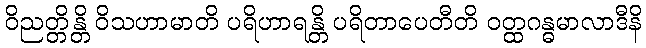
ဝိညတ္တိန္တိ ဝိသဟာမာတိ ပရိဟာရန္တိ ပရိတာပေတီတိ ဝတ္ထဂန္ဓမာလာဒီနိ